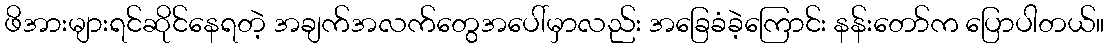
ဖိအားများရင်ဆိုင်နေရတဲ့ အချက်အလက်တွေအပေါ်မှာလည်း အခြေခံခဲ့ကြောင်း နန်းတော်က ပြောပါတယ်။